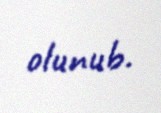
olunub.